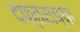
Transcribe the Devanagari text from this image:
दफ्तराच्या